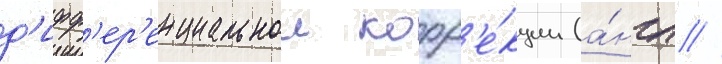
д'ифф'ер'енциальнои корр'е́кции (а́нгл //